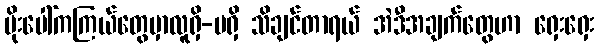
မိုးပေါ်ကကြယ်တွေမှာလူရှိ-မရှိ သိချင်တာရယ် အဲဒီအချက်တွေဟာ ရှေးရှေး